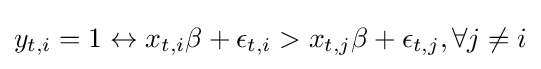
y_{t,i}=1\leftrightarrow x_{t,i}\beta +\epsilon _{t,i}>x_{t,j}\beta +\epsilon _{t,j},\forall j\neq i